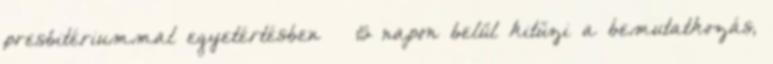
presbitériummal egyetértésben – 15 napon belül kitűzi a bemutatkozás,